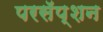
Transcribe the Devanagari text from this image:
परसॅप्शन